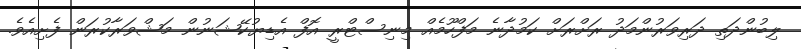
ލިބުންދަތި ދަރިވަރުންމަދު ރަށްރަށް ކަމުދާނެ މަފްހޫމެއް މިނިސްޓްރީ އޮފް އެޑިޔުކޭޝަނުން މަޝްވަރާކުރަން ފެށިއެވެ.